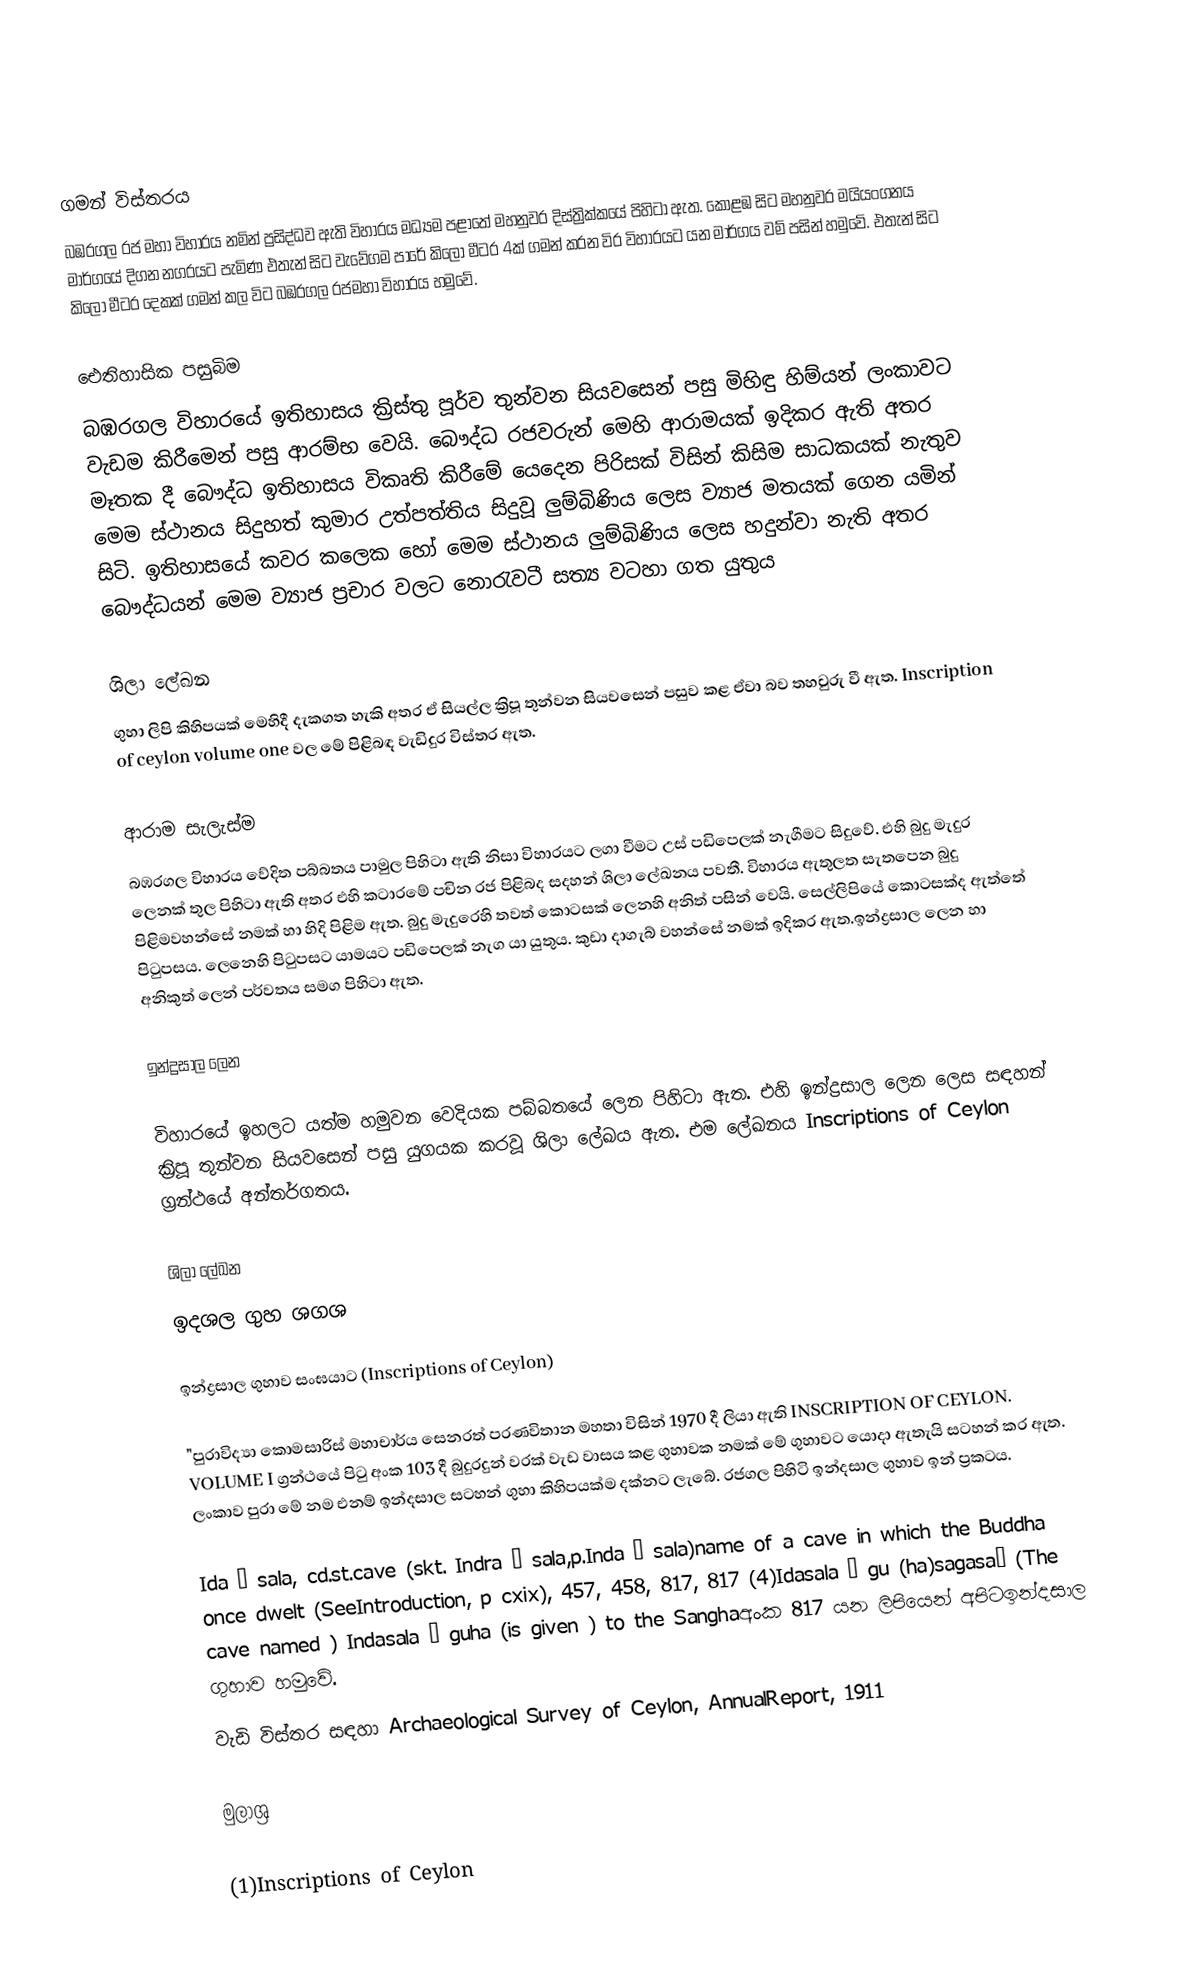

ගමන් විස්තරය
බඹරගල රජ මහා විහාරය නමින් ප්‍රසිද්ධව ඇති  විහාරය මධ්‍යම පළාතේ මහනුවර දිස්ත්‍රික්කයේ පිහිටා ඇත. කොළඹ සිට මහනුවර මයියංගනය මාර්ගයේ දිගන නගරයට පැමිණ එතැන් සිට වැවේගම පාරේ කිලෝ මීටර 4ක් ගමන් කරන විර විහාරයට යන මාර්ගය වම් පසින් හමුවේ. එතැන් සිට කිලෝ මීටර දෙකක් ගමන් කල විට බඹරගල රජමහා විහාරය හමුවේ.

ඓතිහාසික පසුබිම
බඹරගල විහාරයේ ඉතිහාසය ක්‍රිස්තු පූර්ව තුන්වන සියවසෙන් පසු මිහිඳු හිම්යන් ලංකාවට වැඩම කිරීමෙන් පසු ආරම්භ වෙයි. බෞද්ධ රජවරුන් මෙහි ආරාමයක් ඉදිකර ඇති අතර මෑතක දී බෞද්ධ ඉතිහාසය විකෘති කිරීමේ යෙදෙන පිරිසක් විසින් කිසිම සාධකයක් නැතුව මෙම ස්ථානය සිදුහත් කුමාර උත්පත්තිය සිදුවූ ලුම්බිණිය ලෙස ව්‍යාජ මතයක් ගෙන යමින් සිටි. ඉතිහාසයේ කවර කලෙක හෝ මෙම ස්ථානය ලුම්බිණිය ලෙස හදුන්වා නැති අතර බෞද්ධයන් මෙම ව්‍යාජ ප්‍රචාර වලට නොරැවටී සත්‍ය වටහා ගත යුතුය

ශිලා ලේඛන
ගුහා ලිපි කිහිපයක් මෙහිදී දැකගත හැකි අතර ඒ සියල්ල ක්‍රිපූ තුන්වන සියවසෙන් පසුව කළ ඒවා බව තහවුරු වී ඇත. Inscription of ceylon volume one වල මේ පිළිබඳ වැඩිදුර විස්තර ඇත.

ආරාම සැලැස්ම
බඹරගල විහාරය වේදිත පබ්බතය පාමුල පිහිටා ඇති නිසා විහාරයට ලගා වීමට උස් පඩිපෙලක් නැගීමට සිදුවේ. එහි බුදු මැදුර ලෙනක් තුල පිහිටා ඇති අතර එහි කටාරමේ පචින රජ පිළිබද සදහන් ශිලා ලේඛනය පවතී. විහාරය ඇතුලත සැතපෙන බුදු පිළිමවහන්සේ නමක් හා හිදි පිළිම ඇත. බුදු මැදුරෙහි තවත් කොටසක් ලෙනහි අනිත් පසින් වෙයි. සෙල්ලිපියේ කොටසක්ද ඇත්තේ පි‍ටුපසය. ලෙනෙහි පි‍ටුපසට යාමයට පඩිපෙලක් නැග යා යුතුය. කුඩා දාගැබ් වහන්සේ නමක් ඉදිකර ඇත.ඉන්ද්‍රසාල ලෙන හා අනිකුත් ලෙන් පර්වතය සමග පිහිටා ඇත.

ඉන්ද්‍රසාල ලෙන

විහාරයේ ඉහලට යත්ම හමුවන වෙදියක පබ්බතයේ ලෙන පිහිටා ඇත. එහි ඉන්ද්‍රසාල ලෙන ලෙස සඳහන් ක්‍රිපූ තුන්වන සියවසෙන් පසු යුගයක කරවූ ශිලා ලේඛය ඇත. එම ලේඛනය Inscriptions of Ceylon ග්‍රන්ථයේ අන්තර්ගතය.

ශිලා ලේඛන
ඉදශල ගුහ ශගශ

ඉන්ද්‍රසාල ගුහාව සංඝයාට (Inscriptions of Ceylon)

"පුරාවිද්‍යා කොමසාරිස් මහාචාර්ය සෙනරත් පරණවිතාන මහතා විසින් 1970 දී ලියා ඇති INSCRIPTION OF CEYLON. VOLUME I ග්‍රන්ථයේ පිටු අංක 103 දී බුදුරදුන් වරක් වැඩ වාසය කළ ගුහාවක නමක් මේ ගුහාවට යොදා ඇතැයි සටහන් කර ඇත. ලංකාව පුරා මේ නම එනම් ඉන්දසාල සටහන් ගුහා කිහිපයක්ම දක්නට ලැබේ. රජගල පිහිටි ඉන්දසාල ගුහාව ඉන් ප්‍රකටය.

Ida – sala, cd.st.cave (skt. Indra – sala,p.Inda – sala)name of a cave in which the Buddha once dwelt (SeeIntroduction, p cxix), 457, 458, 817, 817 (4)Idasala – gu (ha)sagasa’ (The cave named ) Indasala – guha (is given ) to the Sanghaඅංක 817 යන ලිපියෙන් අපිටඉන්දසාල ගුහාව හමුවේ.
වැඩි විස්තර සඳහා Archaeological Survey of Ceylon, AnnualReport, 1911

මුලාශ්‍ර

(1)Inscriptions of Ceylon